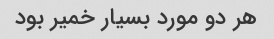
هر دو مورد بسیار خمیر بود